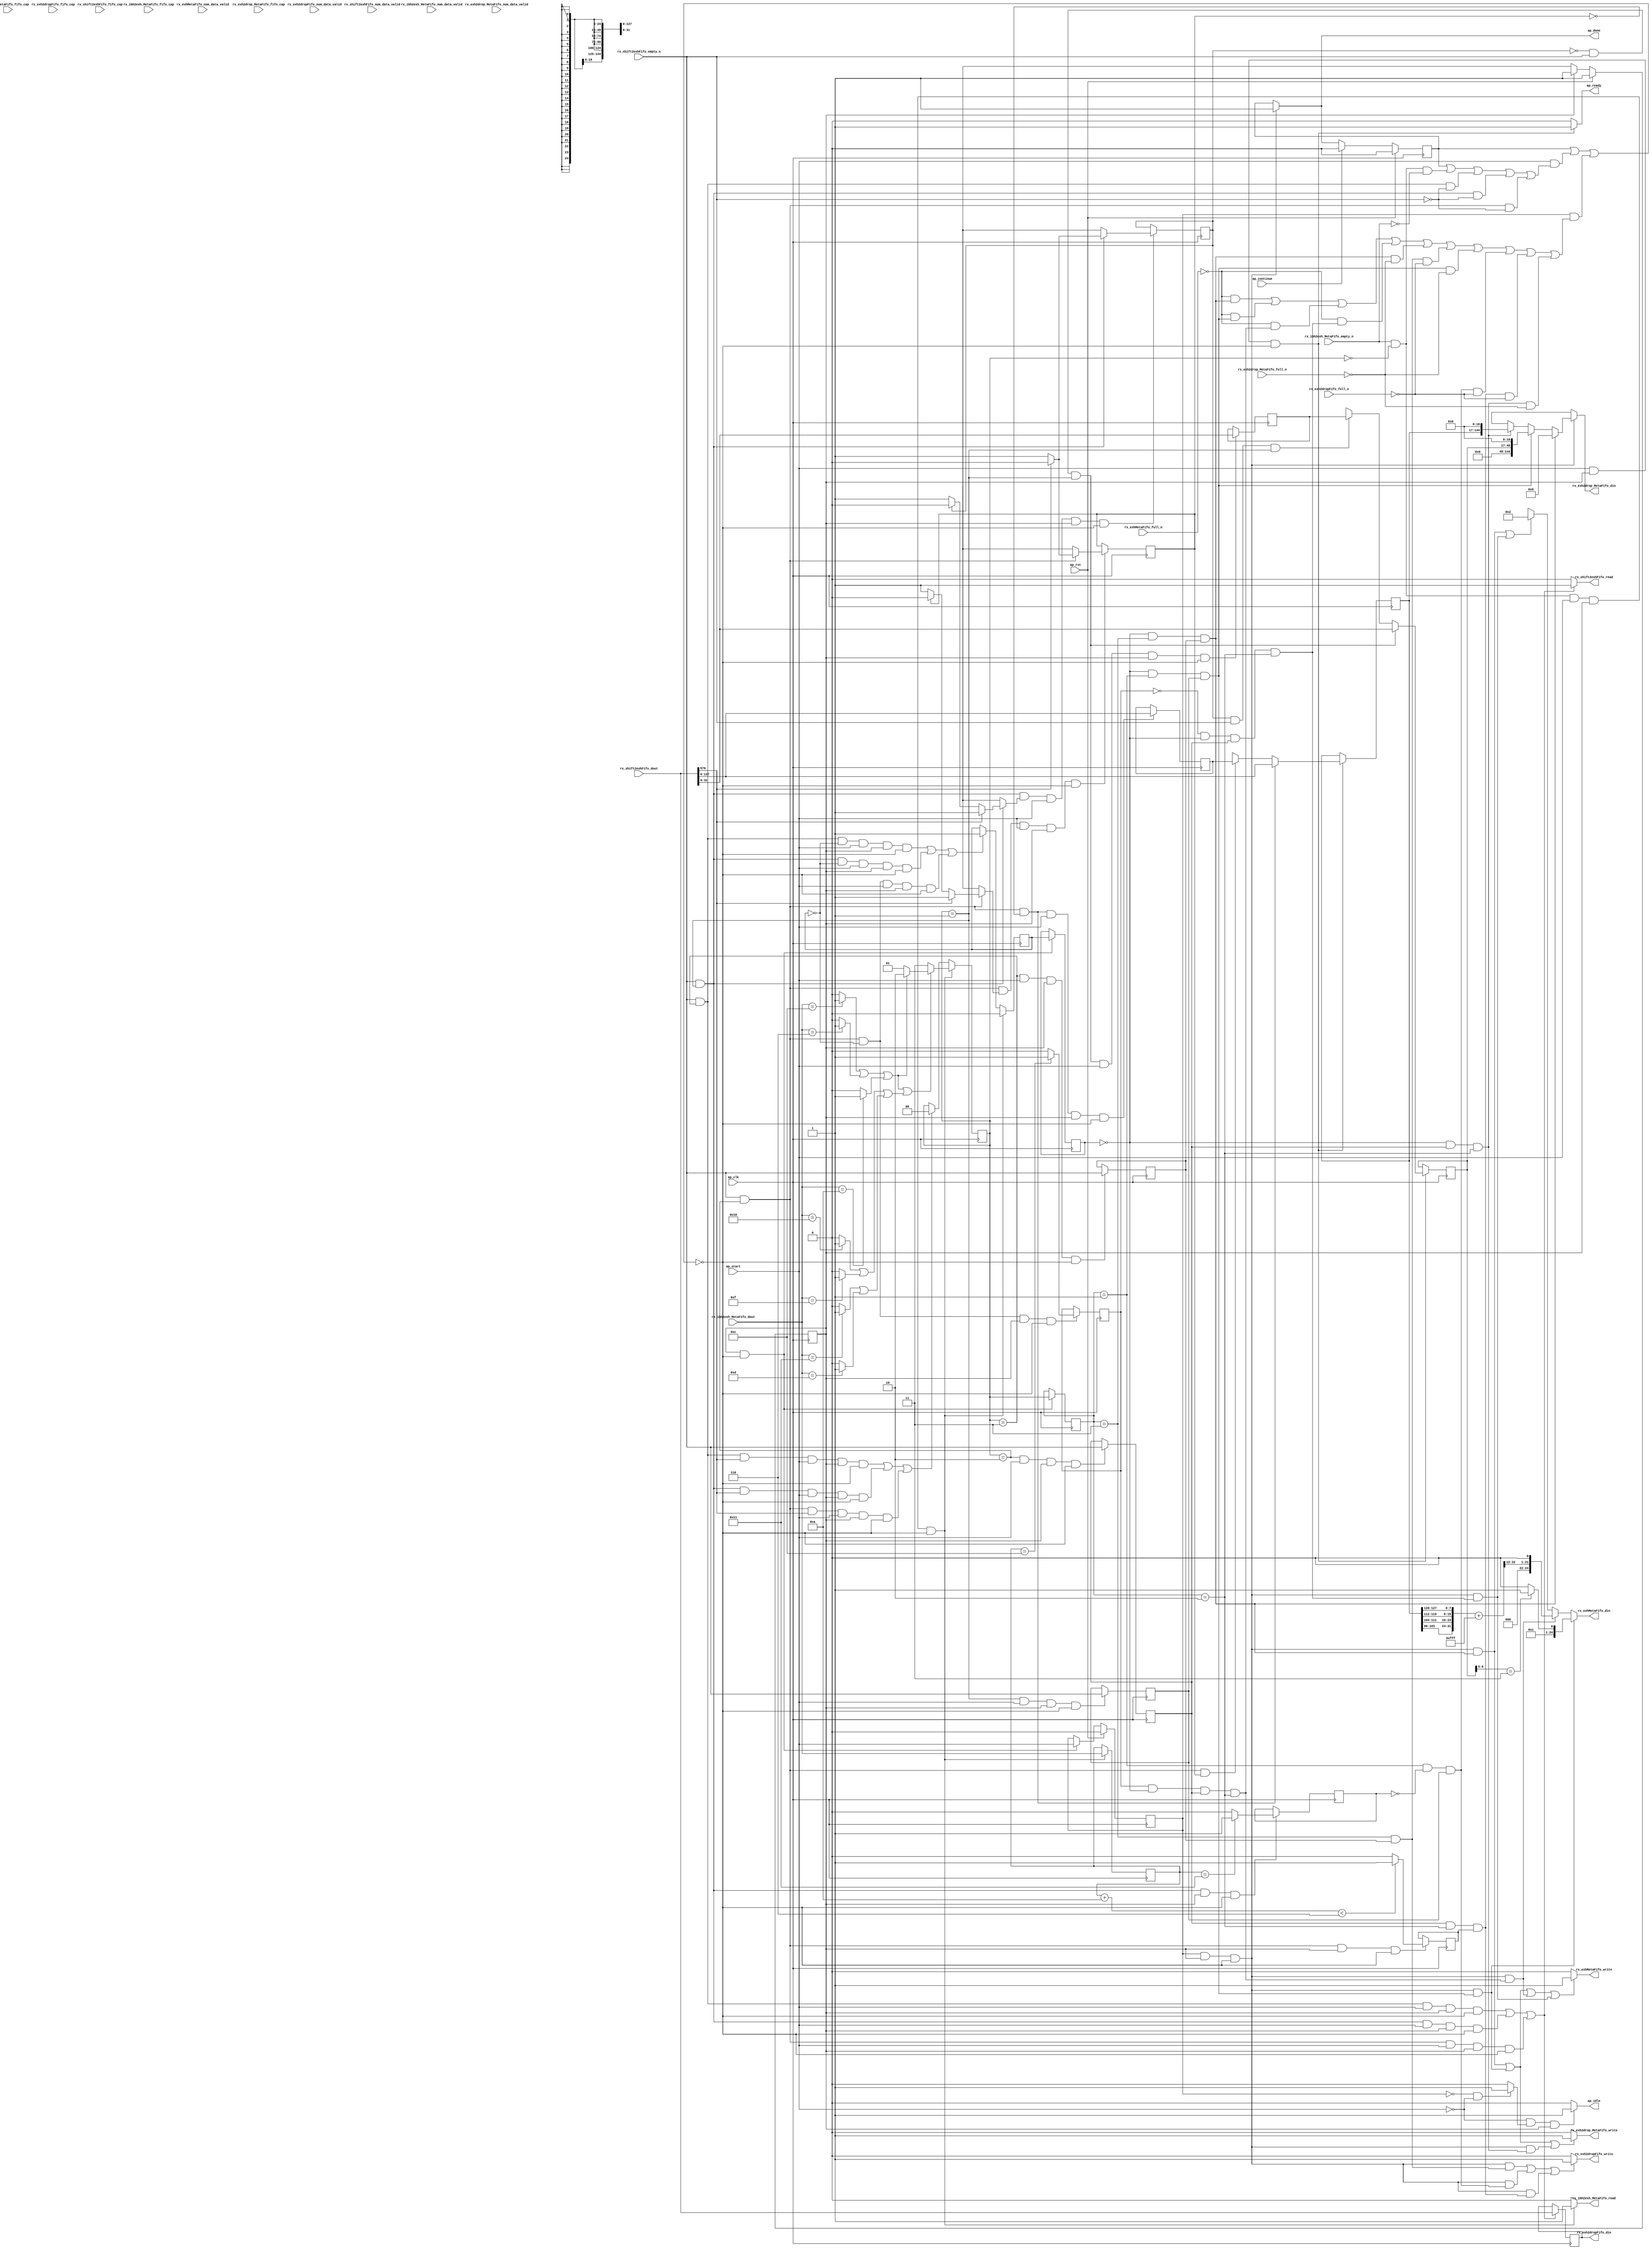
// ==============================================================
// RTL generated by Vitis HLS - High-Level Synthesis from C, C++ and OpenCL v2022.2 (64-bit)
// Version: 2022.2
// Copyright (C) Copyright 1986-2022 Xilinx, Inc. All Rights Reserved.
// 
// ===========================================================

`timescale 1 ns / 1 ps 

module rocev2_top_rx_process_exh_512_0_s (
        ap_clk,
        ap_rst,
        ap_start,
        ap_done,
        ap_continue,
        ap_idle,
        ap_ready,
        rx_shift2exhFifo_dout,
        rx_shift2exhFifo_num_data_valid,
        rx_shift2exhFifo_fifo_cap,
        rx_shift2exhFifo_empty_n,
        rx_shift2exhFifo_read,
        rx_ibh2exh_MetaFifo_dout,
        rx_ibh2exh_MetaFifo_num_data_valid,
        rx_ibh2exh_MetaFifo_fifo_cap,
        rx_ibh2exh_MetaFifo_empty_n,
        rx_ibh2exh_MetaFifo_read,
        rx_exhMetaFifo_din,
        rx_exhMetaFifo_num_data_valid,
        rx_exhMetaFifo_fifo_cap,
        rx_exhMetaFifo_full_n,
        rx_exhMetaFifo_write,
        rx_exh2drop_MetaFifo_din,
        rx_exh2drop_MetaFifo_num_data_valid,
        rx_exh2drop_MetaFifo_fifo_cap,
        rx_exh2drop_MetaFifo_full_n,
        rx_exh2drop_MetaFifo_write,
        rx_exh2dropFifo_din,
        rx_exh2dropFifo_num_data_valid,
        rx_exh2dropFifo_fifo_cap,
        rx_exh2dropFifo_full_n,
        rx_exh2dropFifo_write
);

parameter    ap_ST_fsm_pp0_stage0 = 1'd1;

input   ap_clk;
input   ap_rst;
input   ap_start;
output   ap_done;
input   ap_continue;
output   ap_idle;
output   ap_ready;
input  [1023:0] rx_shift2exhFifo_dout;
input  [1:0] rx_shift2exhFifo_num_data_valid;
input  [1:0] rx_shift2exhFifo_fifo_cap;
input   rx_shift2exhFifo_empty_n;
output   rx_shift2exhFifo_read;
input  [4:0] rx_ibh2exh_MetaFifo_dout;
input  [1:0] rx_ibh2exh_MetaFifo_num_data_valid;
input  [1:0] rx_ibh2exh_MetaFifo_fifo_cap;
input   rx_ibh2exh_MetaFifo_empty_n;
output   rx_ibh2exh_MetaFifo_read;
output  [24:0] rx_exhMetaFifo_din;
input  [1:0] rx_exhMetaFifo_num_data_valid;
input  [1:0] rx_exhMetaFifo_fifo_cap;
input   rx_exhMetaFifo_full_n;
output   rx_exhMetaFifo_write;
output  [144:0] rx_exh2drop_MetaFifo_din;
input  [3:0] rx_exh2drop_MetaFifo_num_data_valid;
input  [3:0] rx_exh2drop_MetaFifo_fifo_cap;
input   rx_exh2drop_MetaFifo_full_n;
output   rx_exh2drop_MetaFifo_write;
output  [1023:0] rx_exh2dropFifo_din;
input  [5:0] rx_exh2dropFifo_num_data_valid;
input  [5:0] rx_exh2dropFifo_fifo_cap;
input   rx_exh2dropFifo_full_n;
output   rx_exh2dropFifo_write;

reg ap_done;
reg ap_idle;
reg ap_ready;
reg rx_shift2exhFifo_read;
reg rx_ibh2exh_MetaFifo_read;
reg[24:0] rx_exhMetaFifo_din;
reg rx_exhMetaFifo_write;
reg[144:0] rx_exh2drop_MetaFifo_din;
reg rx_exh2drop_MetaFifo_write;
reg rx_exh2dropFifo_write;

(* fsm_encoding = "none" *) reg   [0:0] ap_CS_fsm;
wire    ap_CS_fsm_pp0_stage0;
wire    ap_enable_reg_pp0_iter0;
reg    ap_enable_reg_pp0_iter1;
reg    ap_idle_pp0;
wire   [0:0] grp_nbreadreq_fu_142_p3;
reg    ap_predicate_op30_read_state1;
reg    ap_predicate_op63_read_state1;
reg    ap_predicate_op93_read_state1;
wire   [0:0] tmp_i_nbreadreq_fu_156_p3;
reg    ap_predicate_op104_read_state1;
reg    ap_done_reg;
reg    ap_block_state1_pp0_stage0_iter0;
reg   [1:0] state_1_load_reg_734;
reg   [0:0] tmp_18_i_reg_742;
reg   [0:0] metaWritten_1_load_reg_738;
reg   [0:0] icmp_ln1019_reg_762;
reg    ap_predicate_op126_write_state2;
reg    ap_predicate_op138_write_state2;
reg    ap_predicate_op141_write_state2;
reg   [0:0] icmp_ln73_reg_766;
reg    ap_predicate_op143_write_state2;
reg   [0:0] tmp_i_176_reg_770;
reg   [0:0] icmp_ln1023_reg_790;
reg    ap_predicate_op146_write_state2;
reg    ap_predicate_op152_write_state2;
reg    ap_predicate_op155_write_state2;
reg   [0:0] tmp_17_i_reg_794;
reg    ap_predicate_op157_write_state2;
reg    ap_predicate_op158_write_state2;
reg    ap_predicate_op159_write_state2;
reg    ap_block_state2_pp0_stage0_iter1;
reg    ap_block_pp0_stage0_subdone;
reg   [1:0] state_1;
reg   [4:0] opCode_V;
reg   [0:0] metaWritten_1;
reg   [0:0] ackHeader_ready;
reg   [15:0] ackHeader_idx;
reg   [31:0] ackHeader_header_V;
reg   [0:0] rdmaHeader_ready;
reg   [15:0] rdmaHeader_idx;
reg   [127:0] rdmaHeader_header_V;
reg    rx_ibh2exh_MetaFifo_blk_n;
wire    ap_block_pp0_stage0;
reg    rx_shift2exhFifo_blk_n;
reg    rx_exh2dropFifo_blk_n;
reg    rx_exhMetaFifo_blk_n;
reg    rx_exh2drop_MetaFifo_blk_n;
reg   [1023:0] reg_327;
reg    ap_block_pp0_stage0_11001;
wire   [0:0] metaWritten_1_load_load_fu_340_p1;
wire   [127:0] tmp_13_fu_356_p1;
wire   [0:0] rdmaHeader_ready_load_load_fu_344_p1;
wire   [0:0] icmp_ln1019_fu_373_p2;
wire   [0:0] icmp_ln73_fu_391_p2;
wire   [31:0] tmp_12_fu_427_p1;
wire   [0:0] ackHeader_ready_load_load_fu_415_p1;
wire   [0:0] icmp_ln1023_fu_444_p2;
reg   [0:0] ap_phi_mux_rdmaHeader_ready_flag_0_i_phi_fu_196_p4;
wire   [0:0] ap_phi_reg_pp0_iter0_rdmaHeader_ready_flag_0_i_reg_193;
reg   [15:0] ap_phi_mux_rdmaHeader_idx_new_0_i_phi_fu_207_p4;
wire   [15:0] add_ln67_1_fu_360_p2;
wire   [15:0] ap_phi_reg_pp0_iter0_rdmaHeader_idx_new_0_i_reg_204;
reg   [0:0] ap_phi_mux_rdmaHeader_ready_flag_1_i_phi_fu_217_p4;
wire   [0:0] ap_phi_reg_pp0_iter0_rdmaHeader_ready_flag_1_i_reg_214;
wire   [0:0] grp_fu_319_p3;
reg   [0:0] ap_phi_mux_rdmaHeader_ready_new_1_i_phi_fu_228_p4;
wire   [0:0] ap_phi_reg_pp0_iter0_rdmaHeader_ready_new_1_i_reg_225;
reg   [15:0] ap_phi_mux_rdmaHeader_idx_new_1_i_phi_fu_239_p4;
wire   [15:0] ap_phi_reg_pp0_iter0_rdmaHeader_idx_new_1_i_reg_236;
reg   [0:0] ap_phi_mux_ackHeader_ready_flag_0_i_phi_fu_250_p4;
wire   [0:0] ap_phi_reg_pp0_iter0_ackHeader_ready_flag_0_i_reg_247;
reg   [15:0] ap_phi_mux_ackHeader_idx_new_0_i_phi_fu_261_p4;
wire   [15:0] add_ln67_fu_431_p2;
wire   [15:0] ap_phi_reg_pp0_iter0_ackHeader_idx_new_0_i_reg_258;
reg   [0:0] ap_phi_mux_ackHeader_ready_flag_1_i_phi_fu_271_p4;
wire   [0:0] ap_phi_reg_pp0_iter0_ackHeader_ready_flag_1_i_reg_268;
reg   [0:0] ap_phi_mux_ackHeader_ready_new_1_i_phi_fu_282_p4;
wire   [0:0] ap_phi_reg_pp0_iter0_ackHeader_ready_new_1_i_reg_279;
reg   [15:0] ap_phi_mux_ackHeader_idx_new_1_i_phi_fu_293_p4;
wire   [15:0] ap_phi_reg_pp0_iter0_ackHeader_idx_new_1_i_reg_290;
wire   [127:0] ap_phi_reg_pp0_iter0_p_Val2_9_reg_301;
reg   [127:0] ap_phi_reg_pp0_iter1_p_Val2_9_reg_301;
wire   [31:0] ap_phi_reg_pp0_iter0_p_Val2_10_reg_310;
reg   [31:0] ap_phi_reg_pp0_iter1_p_Val2_10_reg_310;
wire   [1:0] select_ln80_1_fu_584_p3;
reg    ap_block_pp0_stage0_01001;
wire   [24:0] zext_ln240_fu_678_p1;
wire   [24:0] zext_ln211_fu_716_p1;
wire   [144:0] p_s_fu_683_p3;
wire   [144:0] zext_ln212_fu_729_p1;
wire   [4:0] add_ln73_fu_385_p2;
wire   [0:0] icmp_ln80_fu_498_p2;
wire   [0:0] icmp_ln80_1_fu_504_p2;
wire   [0:0] icmp_ln80_2_fu_510_p2;
wire   [0:0] icmp_ln80_3_fu_516_p2;
wire   [0:0] or_ln80_1_fu_528_p2;
wire   [0:0] or_ln80_fu_522_p2;
wire   [0:0] icmp_ln80_5_fu_546_p2;
wire   [0:0] icmp_ln80_6_fu_552_p2;
wire   [0:0] or_ln80_3_fu_558_p2;
wire   [0:0] icmp_ln80_4_fu_540_p2;
wire   [0:0] or_ln80_4_fu_564_p2;
wire   [0:0] or_ln80_2_fu_534_p2;
wire   [0:0] or_ln80_5_fu_578_p2;
wire   [1:0] select_ln80_fu_570_p3;
wire   [7:0] tmp_22_i_fu_628_p4;
wire   [7:0] tmp_21_i_fu_618_p4;
wire   [7:0] tmp_20_i_fu_608_p4;
wire   [7:0] tmp_19_i_fu_598_p4;
wire   [31:0] p_Result_s_fu_638_p5;
wire   [32:0] zext_ln1495_fu_650_p1;
wire   [32:0] ret_V_fu_654_p2;
wire   [20:0] tmp_fu_660_p4;
wire   [21:0] shl_ln1_fu_670_p3;
wire   [1:0] tmp_23_i_fu_692_p4;
wire   [0:0] icmp_ln1019_3_fu_702_p2;
wire   [1:0] zext_ln211_cast_fu_708_p3;
wire   [48:0] shl_ln2_fu_721_p3;
reg   [0:0] ap_NS_fsm;
reg    ap_idle_pp0_0to0;
reg    ap_reset_idle_pp0;
wire    ap_enable_pp0;
reg    ap_condition_327;
reg    ap_condition_298;
reg    ap_condition_267;
reg    ap_condition_305;
reg    ap_condition_283;
reg    ap_condition_393;
wire    ap_ce_reg;

// power-on initialization
initial begin
#0 ap_CS_fsm = 1'd1;
#0 ap_enable_reg_pp0_iter1 = 1'b0;
#0 ap_done_reg = 1'b0;
#0 state_1 = 2'd0;
#0 opCode_V = 5'd0;
#0 metaWritten_1 = 1'd0;
#0 ackHeader_ready = 1'd0;
#0 ackHeader_idx = 16'd0;
#0 ackHeader_header_V = 32'd0;
#0 rdmaHeader_ready = 1'd0;
#0 rdmaHeader_idx = 16'd0;
#0 rdmaHeader_header_V = 128'd0;
end

always @ (posedge ap_clk) begin
    if (ap_rst == 1'b1) begin
        ap_CS_fsm <= ap_ST_fsm_pp0_stage0;
    end else begin
        ap_CS_fsm <= ap_NS_fsm;
    end
end

always @ (posedge ap_clk) begin
    if (ap_rst == 1'b1) begin
        ap_done_reg <= 1'b0;
    end else begin
        if ((ap_continue == 1'b1)) begin
            ap_done_reg <= 1'b0;
        end else if (((ap_enable_reg_pp0_iter1 == 1'b1) & (1'b1 == ap_CS_fsm_pp0_stage0) & (1'b0 == ap_block_pp0_stage0_subdone))) begin
            ap_done_reg <= 1'b1;
        end
    end
end

always @ (posedge ap_clk) begin
    if (ap_rst == 1'b1) begin
        ap_enable_reg_pp0_iter1 <= 1'b0;
    end else begin
        if (((1'b1 == ap_CS_fsm_pp0_stage0) & (1'b0 == ap_block_pp0_stage0_subdone))) begin
            ap_enable_reg_pp0_iter1 <= ap_start;
        end
    end
end

always @ (posedge ap_clk) begin
    if ((1'b1 == ap_condition_267)) begin
        if ((1'b1 == ap_condition_298)) begin
            ap_phi_reg_pp0_iter1_p_Val2_10_reg_310 <= tmp_12_fu_427_p1;
        end else if ((1'b1 == ap_condition_327)) begin
            ap_phi_reg_pp0_iter1_p_Val2_10_reg_310 <= ackHeader_header_V;
        end else if ((1'b1 == 1'b1)) begin
            ap_phi_reg_pp0_iter1_p_Val2_10_reg_310 <= ap_phi_reg_pp0_iter0_p_Val2_10_reg_310;
        end
    end
end

always @ (posedge ap_clk) begin
    if ((1'b1 == ap_condition_267)) begin
        if ((1'b1 == ap_condition_283)) begin
            ap_phi_reg_pp0_iter1_p_Val2_9_reg_301 <= tmp_13_fu_356_p1;
        end else if ((1'b1 == ap_condition_305)) begin
            ap_phi_reg_pp0_iter1_p_Val2_9_reg_301 <= rdmaHeader_header_V;
        end else if ((1'b1 == 1'b1)) begin
            ap_phi_reg_pp0_iter1_p_Val2_9_reg_301 <= ap_phi_reg_pp0_iter0_p_Val2_9_reg_301;
        end
    end
end

always @ (posedge ap_clk) begin
    if (((tmp_i_nbreadreq_fu_156_p3 == 1'd1) & (state_1 == 2'd0) & (ap_start == 1'b1) & (1'b1 == ap_CS_fsm_pp0_stage0) & (1'b0 == ap_block_pp0_stage0_11001))) begin
        metaWritten_1 <= 1'd0;
    end else if ((((grp_nbreadreq_fu_142_p3 == 1'd1) & (state_1 == 2'd3) & (metaWritten_1_load_load_fu_340_p1 == 1'd0) & (ap_start == 1'b1) & (1'b1 == ap_CS_fsm_pp0_stage0) & (1'b0 == ap_block_pp0_stage0_11001)) | ((grp_nbreadreq_fu_142_p3 == 1'd1) & (state_1 == 2'd1) & (metaWritten_1_load_load_fu_340_p1 == 1'd0) & (ap_start == 1'b1) & (1'b1 == ap_CS_fsm_pp0_stage0) & (1'b0 == ap_block_pp0_stage0_11001)) | ((grp_nbreadreq_fu_142_p3 == 1'd1) & (state_1 == 2'd2) & (metaWritten_1_load_load_fu_340_p1 == 1'd0) & (ap_start == 1'b1) & (1'b1 == ap_CS_fsm_pp0_stage0) & (1'b0 == ap_block_pp0_stage0_11001)))) begin
        metaWritten_1 <= 1'd1;
    end
end

always @ (posedge ap_clk) begin
    if (((tmp_i_nbreadreq_fu_156_p3 == 1'd1) & (state_1 == 2'd0) & (ap_start == 1'b1) & (1'b1 == ap_CS_fsm_pp0_stage0) & (1'b0 == ap_block_pp0_stage0_11001))) begin
        state_1 <= select_ln80_1_fu_584_p3;
    end else if ((((grp_nbreadreq_fu_142_p3 == 1'd1) & (state_1 == 2'd3) & (grp_fu_319_p3 == 1'd1) & (ap_start == 1'b1) & (1'b1 == ap_CS_fsm_pp0_stage0) & (1'b0 == ap_block_pp0_stage0_11001)) | ((grp_nbreadreq_fu_142_p3 == 1'd1) & (state_1 == 2'd1) & (grp_fu_319_p3 == 1'd1) & (ap_start == 1'b1) & (1'b1 == ap_CS_fsm_pp0_stage0) & (1'b0 == ap_block_pp0_stage0_11001)) | ((grp_nbreadreq_fu_142_p3 == 1'd1) & (state_1 == 2'd2) & (grp_fu_319_p3 == 1'd1) & (ap_start == 1'b1) & (1'b1 == ap_CS_fsm_pp0_stage0) & (1'b0 == ap_block_pp0_stage0_11001)))) begin
        state_1 <= 2'd0;
    end
end

always @ (posedge ap_clk) begin
    if (((1'd0 == ackHeader_ready_load_load_fu_415_p1) & (grp_nbreadreq_fu_142_p3 == 1'd1) & (state_1 == 2'd1) & (ap_start == 1'b1) & (1'b1 == ap_CS_fsm_pp0_stage0) & (1'b0 == ap_block_pp0_stage0_11001))) begin
        ackHeader_header_V <= tmp_12_fu_427_p1;
    end
end

always @ (posedge ap_clk) begin
    if (((grp_nbreadreq_fu_142_p3 == 1'd1) & (state_1 == 2'd1) & (ap_phi_mux_ackHeader_ready_flag_1_i_phi_fu_271_p4 == 1'd1) & (ap_start == 1'b1) & (1'b1 == ap_CS_fsm_pp0_stage0) & (1'b0 == ap_block_pp0_stage0_11001))) begin
        ackHeader_idx <= ap_phi_mux_ackHeader_idx_new_1_i_phi_fu_293_p4;
        ackHeader_ready <= ap_phi_mux_ackHeader_ready_new_1_i_phi_fu_282_p4;
    end
end

always @ (posedge ap_clk) begin
    if (((grp_nbreadreq_fu_142_p3 == 1'd1) & (state_1 == 2'd2) & (metaWritten_1_load_load_fu_340_p1 == 1'd0) & (1'b1 == ap_CS_fsm_pp0_stage0) & (1'b0 == ap_block_pp0_stage0_11001))) begin
        icmp_ln1019_reg_762 <= icmp_ln1019_fu_373_p2;
    end
end

always @ (posedge ap_clk) begin
    if (((grp_nbreadreq_fu_142_p3 == 1'd1) & (state_1 == 2'd1) & (1'b1 == ap_CS_fsm_pp0_stage0) & (1'b0 == ap_block_pp0_stage0_11001))) begin
        icmp_ln1023_reg_790 <= icmp_ln1023_fu_444_p2;
    end
end

always @ (posedge ap_clk) begin
    if (((grp_nbreadreq_fu_142_p3 == 1'd1) & (state_1 == 2'd2) & (1'b1 == ap_CS_fsm_pp0_stage0) & (1'b0 == ap_block_pp0_stage0_11001))) begin
        icmp_ln73_reg_766 <= icmp_ln73_fu_391_p2;
    end
end

always @ (posedge ap_clk) begin
    if (((1'b1 == ap_CS_fsm_pp0_stage0) & (1'b0 == ap_block_pp0_stage0_11001))) begin
        metaWritten_1_load_reg_738 <= metaWritten_1;
        state_1_load_reg_734 <= state_1;
    end
end

always @ (posedge ap_clk) begin
    if (((tmp_i_nbreadreq_fu_156_p3 == 1'd1) & (state_1 == 2'd0) & (ap_start == 1'b1) & (1'b1 == ap_CS_fsm_pp0_stage0) & (1'b0 == ap_block_pp0_stage0_11001))) begin
        opCode_V <= rx_ibh2exh_MetaFifo_dout;
    end
end

always @ (posedge ap_clk) begin
    if (((grp_nbreadreq_fu_142_p3 == 1'd1) & (state_1 == 2'd2) & (rdmaHeader_ready_load_load_fu_344_p1 == 1'd0) & (ap_start == 1'b1) & (1'b1 == ap_CS_fsm_pp0_stage0) & (1'b0 == ap_block_pp0_stage0_11001))) begin
        rdmaHeader_header_V <= tmp_13_fu_356_p1;
    end
end

always @ (posedge ap_clk) begin
    if (((grp_nbreadreq_fu_142_p3 == 1'd1) & (state_1 == 2'd2) & (ap_phi_mux_rdmaHeader_ready_flag_1_i_phi_fu_217_p4 == 1'd1) & (ap_start == 1'b1) & (1'b1 == ap_CS_fsm_pp0_stage0) & (1'b0 == ap_block_pp0_stage0_11001))) begin
        rdmaHeader_idx <= ap_phi_mux_rdmaHeader_idx_new_1_i_phi_fu_239_p4;
        rdmaHeader_ready <= ap_phi_mux_rdmaHeader_ready_new_1_i_phi_fu_228_p4;
    end
end

always @ (posedge ap_clk) begin
    if ((((ap_predicate_op93_read_state1 == 1'b1) & (ap_start == 1'b1) & (1'b1 == ap_CS_fsm_pp0_stage0) & (1'b0 == ap_block_pp0_stage0_11001)) | ((ap_predicate_op63_read_state1 == 1'b1) & (ap_start == 1'b1) & (1'b1 == ap_CS_fsm_pp0_stage0) & (1'b0 == ap_block_pp0_stage0_11001)) | ((ap_predicate_op30_read_state1 == 1'b1) & (ap_start == 1'b1) & (1'b1 == ap_CS_fsm_pp0_stage0) & (1'b0 == ap_block_pp0_stage0_11001)))) begin
        reg_327 <= rx_shift2exhFifo_dout;
    end
end

always @ (posedge ap_clk) begin
    if (((state_1 == 2'd3) & (ap_start == 1'b1) & (1'b1 == ap_CS_fsm_pp0_stage0) & (1'b0 == ap_block_pp0_stage0_11001))) begin
        tmp_17_i_reg_794 <= grp_nbreadreq_fu_142_p3;
    end
end

always @ (posedge ap_clk) begin
    if (((state_1 == 2'd2) & (ap_start == 1'b1) & (1'b1 == ap_CS_fsm_pp0_stage0) & (1'b0 == ap_block_pp0_stage0_11001))) begin
        tmp_18_i_reg_742 <= grp_nbreadreq_fu_142_p3;
    end
end

always @ (posedge ap_clk) begin
    if (((state_1 == 2'd1) & (ap_start == 1'b1) & (1'b1 == ap_CS_fsm_pp0_stage0) & (1'b0 == ap_block_pp0_stage0_11001))) begin
        tmp_i_176_reg_770 <= grp_nbreadreq_fu_142_p3;
    end
end

always @ (*) begin
    if (((ap_enable_reg_pp0_iter1 == 1'b1) & (1'b1 == ap_CS_fsm_pp0_stage0) & (1'b0 == ap_block_pp0_stage0_subdone))) begin
        ap_done = 1'b1;
    end else begin
        ap_done = ap_done_reg;
    end
end

always @ (*) begin
    if (((ap_start == 1'b0) & (ap_idle_pp0 == 1'b1) & (1'b1 == ap_CS_fsm_pp0_stage0))) begin
        ap_idle = 1'b1;
    end else begin
        ap_idle = 1'b0;
    end
end

always @ (*) begin
    if (((ap_enable_reg_pp0_iter1 == 1'b0) & (ap_enable_reg_pp0_iter0 == 1'b0))) begin
        ap_idle_pp0 = 1'b1;
    end else begin
        ap_idle_pp0 = 1'b0;
    end
end

always @ (*) begin
    if ((ap_enable_reg_pp0_iter0 == 1'b0)) begin
        ap_idle_pp0_0to0 = 1'b1;
    end else begin
        ap_idle_pp0_0to0 = 1'b0;
    end
end

always @ (*) begin
    if (((1'd0 == ackHeader_ready_load_load_fu_415_p1) & (grp_nbreadreq_fu_142_p3 == 1'd1) & (state_1 == 2'd1))) begin
        ap_phi_mux_ackHeader_idx_new_0_i_phi_fu_261_p4 = add_ln67_fu_431_p2;
    end else begin
        ap_phi_mux_ackHeader_idx_new_0_i_phi_fu_261_p4 = ap_phi_reg_pp0_iter0_ackHeader_idx_new_0_i_reg_258;
    end
end

always @ (*) begin
    if (((grp_nbreadreq_fu_142_p3 == 1'd1) & (state_1 == 2'd1))) begin
        if ((grp_fu_319_p3 == 1'd0)) begin
            ap_phi_mux_ackHeader_idx_new_1_i_phi_fu_293_p4 = ap_phi_mux_ackHeader_idx_new_0_i_phi_fu_261_p4;
        end else if ((grp_fu_319_p3 == 1'd1)) begin
            ap_phi_mux_ackHeader_idx_new_1_i_phi_fu_293_p4 = 16'd0;
        end else begin
            ap_phi_mux_ackHeader_idx_new_1_i_phi_fu_293_p4 = ap_phi_reg_pp0_iter0_ackHeader_idx_new_1_i_reg_290;
        end
    end else begin
        ap_phi_mux_ackHeader_idx_new_1_i_phi_fu_293_p4 = ap_phi_reg_pp0_iter0_ackHeader_idx_new_1_i_reg_290;
    end
end

always @ (*) begin
    if (((grp_nbreadreq_fu_142_p3 == 1'd1) & (state_1 == 2'd1))) begin
        if ((1'd0 == ackHeader_ready_load_load_fu_415_p1)) begin
            ap_phi_mux_ackHeader_ready_flag_0_i_phi_fu_250_p4 = 1'd1;
        end else if ((1'd1 == ackHeader_ready_load_load_fu_415_p1)) begin
            ap_phi_mux_ackHeader_ready_flag_0_i_phi_fu_250_p4 = 1'd0;
        end else begin
            ap_phi_mux_ackHeader_ready_flag_0_i_phi_fu_250_p4 = ap_phi_reg_pp0_iter0_ackHeader_ready_flag_0_i_reg_247;
        end
    end else begin
        ap_phi_mux_ackHeader_ready_flag_0_i_phi_fu_250_p4 = ap_phi_reg_pp0_iter0_ackHeader_ready_flag_0_i_reg_247;
    end
end

always @ (*) begin
    if (((grp_nbreadreq_fu_142_p3 == 1'd1) & (state_1 == 2'd1))) begin
        if ((grp_fu_319_p3 == 1'd0)) begin
            ap_phi_mux_ackHeader_ready_flag_1_i_phi_fu_271_p4 = ap_phi_mux_ackHeader_ready_flag_0_i_phi_fu_250_p4;
        end else if ((grp_fu_319_p3 == 1'd1)) begin
            ap_phi_mux_ackHeader_ready_flag_1_i_phi_fu_271_p4 = 1'd1;
        end else begin
            ap_phi_mux_ackHeader_ready_flag_1_i_phi_fu_271_p4 = ap_phi_reg_pp0_iter0_ackHeader_ready_flag_1_i_reg_268;
        end
    end else begin
        ap_phi_mux_ackHeader_ready_flag_1_i_phi_fu_271_p4 = ap_phi_reg_pp0_iter0_ackHeader_ready_flag_1_i_reg_268;
    end
end

always @ (*) begin
    if (((grp_nbreadreq_fu_142_p3 == 1'd1) & (state_1 == 2'd1))) begin
        if ((grp_fu_319_p3 == 1'd0)) begin
            ap_phi_mux_ackHeader_ready_new_1_i_phi_fu_282_p4 = 1'd1;
        end else if ((grp_fu_319_p3 == 1'd1)) begin
            ap_phi_mux_ackHeader_ready_new_1_i_phi_fu_282_p4 = 1'd0;
        end else begin
            ap_phi_mux_ackHeader_ready_new_1_i_phi_fu_282_p4 = ap_phi_reg_pp0_iter0_ackHeader_ready_new_1_i_reg_279;
        end
    end else begin
        ap_phi_mux_ackHeader_ready_new_1_i_phi_fu_282_p4 = ap_phi_reg_pp0_iter0_ackHeader_ready_new_1_i_reg_279;
    end
end

always @ (*) begin
    if (((grp_nbreadreq_fu_142_p3 == 1'd1) & (state_1 == 2'd2) & (rdmaHeader_ready_load_load_fu_344_p1 == 1'd0))) begin
        ap_phi_mux_rdmaHeader_idx_new_0_i_phi_fu_207_p4 = add_ln67_1_fu_360_p2;
    end else begin
        ap_phi_mux_rdmaHeader_idx_new_0_i_phi_fu_207_p4 = ap_phi_reg_pp0_iter0_rdmaHeader_idx_new_0_i_reg_204;
    end
end

always @ (*) begin
    if (((grp_nbreadreq_fu_142_p3 == 1'd1) & (state_1 == 2'd2))) begin
        if ((grp_fu_319_p3 == 1'd0)) begin
            ap_phi_mux_rdmaHeader_idx_new_1_i_phi_fu_239_p4 = ap_phi_mux_rdmaHeader_idx_new_0_i_phi_fu_207_p4;
        end else if ((grp_fu_319_p3 == 1'd1)) begin
            ap_phi_mux_rdmaHeader_idx_new_1_i_phi_fu_239_p4 = 16'd0;
        end else begin
            ap_phi_mux_rdmaHeader_idx_new_1_i_phi_fu_239_p4 = ap_phi_reg_pp0_iter0_rdmaHeader_idx_new_1_i_reg_236;
        end
    end else begin
        ap_phi_mux_rdmaHeader_idx_new_1_i_phi_fu_239_p4 = ap_phi_reg_pp0_iter0_rdmaHeader_idx_new_1_i_reg_236;
    end
end

always @ (*) begin
    if (((grp_nbreadreq_fu_142_p3 == 1'd1) & (state_1 == 2'd2))) begin
        if ((rdmaHeader_ready_load_load_fu_344_p1 == 1'd0)) begin
            ap_phi_mux_rdmaHeader_ready_flag_0_i_phi_fu_196_p4 = 1'd1;
        end else if ((rdmaHeader_ready_load_load_fu_344_p1 == 1'd1)) begin
            ap_phi_mux_rdmaHeader_ready_flag_0_i_phi_fu_196_p4 = 1'd0;
        end else begin
            ap_phi_mux_rdmaHeader_ready_flag_0_i_phi_fu_196_p4 = ap_phi_reg_pp0_iter0_rdmaHeader_ready_flag_0_i_reg_193;
        end
    end else begin
        ap_phi_mux_rdmaHeader_ready_flag_0_i_phi_fu_196_p4 = ap_phi_reg_pp0_iter0_rdmaHeader_ready_flag_0_i_reg_193;
    end
end

always @ (*) begin
    if (((grp_nbreadreq_fu_142_p3 == 1'd1) & (state_1 == 2'd2))) begin
        if ((grp_fu_319_p3 == 1'd0)) begin
            ap_phi_mux_rdmaHeader_ready_flag_1_i_phi_fu_217_p4 = ap_phi_mux_rdmaHeader_ready_flag_0_i_phi_fu_196_p4;
        end else if ((grp_fu_319_p3 == 1'd1)) begin
            ap_phi_mux_rdmaHeader_ready_flag_1_i_phi_fu_217_p4 = 1'd1;
        end else begin
            ap_phi_mux_rdmaHeader_ready_flag_1_i_phi_fu_217_p4 = ap_phi_reg_pp0_iter0_rdmaHeader_ready_flag_1_i_reg_214;
        end
    end else begin
        ap_phi_mux_rdmaHeader_ready_flag_1_i_phi_fu_217_p4 = ap_phi_reg_pp0_iter0_rdmaHeader_ready_flag_1_i_reg_214;
    end
end

always @ (*) begin
    if (((grp_nbreadreq_fu_142_p3 == 1'd1) & (state_1 == 2'd2))) begin
        if ((grp_fu_319_p3 == 1'd0)) begin
            ap_phi_mux_rdmaHeader_ready_new_1_i_phi_fu_228_p4 = 1'd1;
        end else if ((grp_fu_319_p3 == 1'd1)) begin
            ap_phi_mux_rdmaHeader_ready_new_1_i_phi_fu_228_p4 = 1'd0;
        end else begin
            ap_phi_mux_rdmaHeader_ready_new_1_i_phi_fu_228_p4 = ap_phi_reg_pp0_iter0_rdmaHeader_ready_new_1_i_reg_225;
        end
    end else begin
        ap_phi_mux_rdmaHeader_ready_new_1_i_phi_fu_228_p4 = ap_phi_reg_pp0_iter0_rdmaHeader_ready_new_1_i_reg_225;
    end
end

always @ (*) begin
    if (((ap_start == 1'b1) & (1'b1 == ap_CS_fsm_pp0_stage0) & (1'b0 == ap_block_pp0_stage0_subdone))) begin
        ap_ready = 1'b1;
    end else begin
        ap_ready = 1'b0;
    end
end

always @ (*) begin
    if (((ap_start == 1'b0) & (ap_idle_pp0_0to0 == 1'b1))) begin
        ap_reset_idle_pp0 = 1'b1;
    end else begin
        ap_reset_idle_pp0 = 1'b0;
    end
end

always @ (*) begin
    if ((((ap_enable_reg_pp0_iter1 == 1'b1) & (1'b1 == ap_CS_fsm_pp0_stage0) & (1'b0 == ap_block_pp0_stage0) & (ap_predicate_op157_write_state2 == 1'b1)) | ((ap_enable_reg_pp0_iter1 == 1'b1) & (1'b1 == ap_CS_fsm_pp0_stage0) & (1'b0 == ap_block_pp0_stage0) & (ap_predicate_op146_write_state2 == 1'b1)) | ((ap_enable_reg_pp0_iter1 == 1'b1) & (1'b1 == ap_CS_fsm_pp0_stage0) & (1'b0 == ap_block_pp0_stage0) & (ap_predicate_op143_write_state2 == 1'b1)))) begin
        rx_exh2dropFifo_blk_n = rx_exh2dropFifo_full_n;
    end else begin
        rx_exh2dropFifo_blk_n = 1'b1;
    end
end

always @ (*) begin
    if ((((ap_enable_reg_pp0_iter1 == 1'b1) & (1'b1 == ap_CS_fsm_pp0_stage0) & (1'b0 == ap_block_pp0_stage0_11001) & (ap_predicate_op157_write_state2 == 1'b1)) | ((ap_enable_reg_pp0_iter1 == 1'b1) & (1'b1 == ap_CS_fsm_pp0_stage0) & (1'b0 == ap_block_pp0_stage0_11001) & (ap_predicate_op146_write_state2 == 1'b1)) | ((ap_enable_reg_pp0_iter1 == 1'b1) & (1'b1 == ap_CS_fsm_pp0_stage0) & (1'b0 == ap_block_pp0_stage0_11001) & (ap_predicate_op143_write_state2 == 1'b1)))) begin
        rx_exh2dropFifo_write = 1'b1;
    end else begin
        rx_exh2dropFifo_write = 1'b0;
    end
end

always @ (*) begin
    if ((((ap_enable_reg_pp0_iter1 == 1'b1) & (1'b1 == ap_CS_fsm_pp0_stage0) & (1'b0 == ap_block_pp0_stage0) & (ap_predicate_op159_write_state2 == 1'b1)) | ((ap_enable_reg_pp0_iter1 == 1'b1) & (1'b1 == ap_CS_fsm_pp0_stage0) & (1'b0 == ap_block_pp0_stage0) & (ap_predicate_op155_write_state2 == 1'b1)) | ((ap_enable_reg_pp0_iter1 == 1'b1) & (1'b1 == ap_CS_fsm_pp0_stage0) & (1'b0 == ap_block_pp0_stage0) & (ap_predicate_op141_write_state2 == 1'b1)))) begin
        rx_exh2drop_MetaFifo_blk_n = rx_exh2drop_MetaFifo_full_n;
    end else begin
        rx_exh2drop_MetaFifo_blk_n = 1'b1;
    end
end

always @ (*) begin
    if ((1'b1 == ap_condition_393)) begin
        if ((ap_predicate_op159_write_state2 == 1'b1)) begin
            rx_exh2drop_MetaFifo_din = 145'd0;
        end else if ((ap_predicate_op155_write_state2 == 1'b1)) begin
            rx_exh2drop_MetaFifo_din = zext_ln212_fu_729_p1;
        end else if ((ap_predicate_op141_write_state2 == 1'b1)) begin
            rx_exh2drop_MetaFifo_din = p_s_fu_683_p3;
        end else begin
            rx_exh2drop_MetaFifo_din = 'bx;
        end
    end else begin
        rx_exh2drop_MetaFifo_din = 'bx;
    end
end

always @ (*) begin
    if ((((ap_enable_reg_pp0_iter1 == 1'b1) & (1'b1 == ap_CS_fsm_pp0_stage0) & (1'b0 == ap_block_pp0_stage0_11001) & (ap_predicate_op159_write_state2 == 1'b1)) | ((ap_enable_reg_pp0_iter1 == 1'b1) & (1'b1 == ap_CS_fsm_pp0_stage0) & (1'b0 == ap_block_pp0_stage0_11001) & (ap_predicate_op155_write_state2 == 1'b1)) | ((ap_enable_reg_pp0_iter1 == 1'b1) & (1'b1 == ap_CS_fsm_pp0_stage0) & (1'b0 == ap_block_pp0_stage0_11001) & (ap_predicate_op141_write_state2 == 1'b1)))) begin
        rx_exh2drop_MetaFifo_write = 1'b1;
    end else begin
        rx_exh2drop_MetaFifo_write = 1'b0;
    end
end

always @ (*) begin
    if ((((ap_enable_reg_pp0_iter1 == 1'b1) & (1'b1 == ap_CS_fsm_pp0_stage0) & (1'b0 == ap_block_pp0_stage0) & (ap_predicate_op158_write_state2 == 1'b1)) | ((ap_enable_reg_pp0_iter1 == 1'b1) & (1'b1 == ap_CS_fsm_pp0_stage0) & (1'b0 == ap_block_pp0_stage0) & (ap_predicate_op152_write_state2 == 1'b1)) | ((ap_enable_reg_pp0_iter1 == 1'b1) & (1'b1 == ap_CS_fsm_pp0_stage0) & (1'b0 == ap_block_pp0_stage0) & (ap_predicate_op138_write_state2 == 1'b1)) | ((ap_enable_reg_pp0_iter1 == 1'b1) & (1'b1 == ap_CS_fsm_pp0_stage0) & (1'b0 == ap_block_pp0_stage0) & (ap_predicate_op126_write_state2 == 1'b1)))) begin
        rx_exhMetaFifo_blk_n = rx_exhMetaFifo_full_n;
    end else begin
        rx_exhMetaFifo_blk_n = 1'b1;
    end
end

always @ (*) begin
    if (((ap_enable_reg_pp0_iter1 == 1'b1) & (1'b1 == ap_CS_fsm_pp0_stage0) & (1'b0 == ap_block_pp0_stage0_01001) & (ap_predicate_op152_write_state2 == 1'b1))) begin
        rx_exhMetaFifo_din = zext_ln211_fu_716_p1;
    end else if (((ap_enable_reg_pp0_iter1 == 1'b1) & (1'b1 == ap_CS_fsm_pp0_stage0) & (1'b0 == ap_block_pp0_stage0_01001) & (ap_predicate_op138_write_state2 == 1'b1))) begin
        rx_exhMetaFifo_din = zext_ln240_fu_678_p1;
    end else if ((((ap_enable_reg_pp0_iter1 == 1'b1) & (1'b1 == ap_CS_fsm_pp0_stage0) & (1'b0 == ap_block_pp0_stage0_01001) & (ap_predicate_op158_write_state2 == 1'b1)) | ((ap_enable_reg_pp0_iter1 == 1'b1) & (1'b1 == ap_CS_fsm_pp0_stage0) & (1'b0 == ap_block_pp0_stage0_01001) & (ap_predicate_op126_write_state2 == 1'b1)))) begin
        rx_exhMetaFifo_din = 25'd2;
    end else begin
        rx_exhMetaFifo_din = 'bx;
    end
end

always @ (*) begin
    if ((((ap_enable_reg_pp0_iter1 == 1'b1) & (1'b1 == ap_CS_fsm_pp0_stage0) & (1'b0 == ap_block_pp0_stage0_11001) & (ap_predicate_op158_write_state2 == 1'b1)) | ((ap_enable_reg_pp0_iter1 == 1'b1) & (1'b1 == ap_CS_fsm_pp0_stage0) & (1'b0 == ap_block_pp0_stage0_11001) & (ap_predicate_op152_write_state2 == 1'b1)) | ((ap_enable_reg_pp0_iter1 == 1'b1) & (1'b1 == ap_CS_fsm_pp0_stage0) & (1'b0 == ap_block_pp0_stage0_11001) & (ap_predicate_op138_write_state2 == 1'b1)) | ((ap_enable_reg_pp0_iter1 == 1'b1) & (1'b1 == ap_CS_fsm_pp0_stage0) & (1'b0 == ap_block_pp0_stage0_11001) & (ap_predicate_op126_write_state2 == 1'b1)))) begin
        rx_exhMetaFifo_write = 1'b1;
    end else begin
        rx_exhMetaFifo_write = 1'b0;
    end
end

always @ (*) begin
    if (((ap_done_reg == 1'b0) & (ap_predicate_op104_read_state1 == 1'b1) & (ap_start == 1'b1) & (1'b1 == ap_CS_fsm_pp0_stage0) & (1'b0 == ap_block_pp0_stage0))) begin
        rx_ibh2exh_MetaFifo_blk_n = rx_ibh2exh_MetaFifo_empty_n;
    end else begin
        rx_ibh2exh_MetaFifo_blk_n = 1'b1;
    end
end

always @ (*) begin
    if (((ap_predicate_op104_read_state1 == 1'b1) & (ap_start == 1'b1) & (1'b1 == ap_CS_fsm_pp0_stage0) & (1'b0 == ap_block_pp0_stage0_11001))) begin
        rx_ibh2exh_MetaFifo_read = 1'b1;
    end else begin
        rx_ibh2exh_MetaFifo_read = 1'b0;
    end
end

always @ (*) begin
    if ((((ap_done_reg == 1'b0) & (ap_predicate_op93_read_state1 == 1'b1) & (ap_start == 1'b1) & (1'b1 == ap_CS_fsm_pp0_stage0) & (1'b0 == ap_block_pp0_stage0)) | ((ap_done_reg == 1'b0) & (ap_predicate_op63_read_state1 == 1'b1) & (ap_start == 1'b1) & (1'b1 == ap_CS_fsm_pp0_stage0) & (1'b0 == ap_block_pp0_stage0)) | ((ap_done_reg == 1'b0) & (ap_predicate_op30_read_state1 == 1'b1) & (ap_start == 1'b1) & (1'b1 == ap_CS_fsm_pp0_stage0) & (1'b0 == ap_block_pp0_stage0)))) begin
        rx_shift2exhFifo_blk_n = rx_shift2exhFifo_empty_n;
    end else begin
        rx_shift2exhFifo_blk_n = 1'b1;
    end
end

always @ (*) begin
    if ((((ap_predicate_op93_read_state1 == 1'b1) & (ap_start == 1'b1) & (1'b1 == ap_CS_fsm_pp0_stage0) & (1'b0 == ap_block_pp0_stage0_11001)) | ((ap_predicate_op63_read_state1 == 1'b1) & (ap_start == 1'b1) & (1'b1 == ap_CS_fsm_pp0_stage0) & (1'b0 == ap_block_pp0_stage0_11001)) | ((ap_predicate_op30_read_state1 == 1'b1) & (ap_start == 1'b1) & (1'b1 == ap_CS_fsm_pp0_stage0) & (1'b0 == ap_block_pp0_stage0_11001)))) begin
        rx_shift2exhFifo_read = 1'b1;
    end else begin
        rx_shift2exhFifo_read = 1'b0;
    end
end

always @ (*) begin
    case (ap_CS_fsm)
        ap_ST_fsm_pp0_stage0 : begin
            ap_NS_fsm = ap_ST_fsm_pp0_stage0;
        end
        default : begin
            ap_NS_fsm = 'bx;
        end
    endcase
end

assign ackHeader_ready_load_load_fu_415_p1 = ackHeader_ready;

assign add_ln67_1_fu_360_p2 = (rdmaHeader_idx + 16'd1);

assign add_ln67_fu_431_p2 = (ackHeader_idx + 16'd1);

assign add_ln73_fu_385_p2 = ($signed(opCode_V) + $signed(5'd26));

assign ap_CS_fsm_pp0_stage0 = ap_CS_fsm[32'd0];

assign ap_block_pp0_stage0 = ~(1'b1 == 1'b1);

always @ (*) begin
    ap_block_pp0_stage0_01001 = ((ap_done_reg == 1'b1) | ((ap_start == 1'b1) & ((ap_done_reg == 1'b1) | ((ap_predicate_op104_read_state1 == 1'b1) & (rx_ibh2exh_MetaFifo_empty_n == 1'b0)) | ((ap_predicate_op93_read_state1 == 1'b1) & (rx_shift2exhFifo_empty_n == 1'b0)) | ((ap_predicate_op63_read_state1 == 1'b1) & (rx_shift2exhFifo_empty_n == 1'b0)) | ((ap_predicate_op30_read_state1 == 1'b1) & (rx_shift2exhFifo_empty_n == 1'b0)))) | ((ap_enable_reg_pp0_iter1 == 1'b1) & (((rx_exhMetaFifo_full_n == 1'b0) & (ap_predicate_op158_write_state2 == 1'b1)) | ((rx_exhMetaFifo_full_n == 1'b0) & (ap_predicate_op152_write_state2 == 1'b1)) | ((rx_exhMetaFifo_full_n == 1'b0) & (ap_predicate_op138_write_state2 == 1'b1)) | ((rx_exhMetaFifo_full_n == 1'b0) & (ap_predicate_op126_write_state2 == 1'b1)) | ((ap_predicate_op159_write_state2 == 1'b1) & (rx_exh2drop_MetaFifo_full_n == 1'b0)) | ((ap_predicate_op157_write_state2 == 1'b1) & (rx_exh2dropFifo_full_n == 1'b0)) | ((ap_predicate_op155_write_state2 == 1'b1) & (rx_exh2drop_MetaFifo_full_n == 1'b0)) | ((ap_predicate_op146_write_state2 == 1'b1) & (rx_exh2dropFifo_full_n == 1'b0)) | ((ap_predicate_op143_write_state2 == 1'b1) & (rx_exh2dropFifo_full_n == 1'b0)) | ((ap_predicate_op141_write_state2 == 1'b1) & (rx_exh2drop_MetaFifo_full_n == 1'b0)))));
end

always @ (*) begin
    ap_block_pp0_stage0_11001 = ((ap_done_reg == 1'b1) | ((ap_start == 1'b1) & ((ap_done_reg == 1'b1) | ((ap_predicate_op104_read_state1 == 1'b1) & (rx_ibh2exh_MetaFifo_empty_n == 1'b0)) | ((ap_predicate_op93_read_state1 == 1'b1) & (rx_shift2exhFifo_empty_n == 1'b0)) | ((ap_predicate_op63_read_state1 == 1'b1) & (rx_shift2exhFifo_empty_n == 1'b0)) | ((ap_predicate_op30_read_state1 == 1'b1) & (rx_shift2exhFifo_empty_n == 1'b0)))) | ((ap_enable_reg_pp0_iter1 == 1'b1) & (((rx_exhMetaFifo_full_n == 1'b0) & (ap_predicate_op158_write_state2 == 1'b1)) | ((rx_exhMetaFifo_full_n == 1'b0) & (ap_predicate_op152_write_state2 == 1'b1)) | ((rx_exhMetaFifo_full_n == 1'b0) & (ap_predicate_op138_write_state2 == 1'b1)) | ((rx_exhMetaFifo_full_n == 1'b0) & (ap_predicate_op126_write_state2 == 1'b1)) | ((ap_predicate_op159_write_state2 == 1'b1) & (rx_exh2drop_MetaFifo_full_n == 1'b0)) | ((ap_predicate_op157_write_state2 == 1'b1) & (rx_exh2dropFifo_full_n == 1'b0)) | ((ap_predicate_op155_write_state2 == 1'b1) & (rx_exh2drop_MetaFifo_full_n == 1'b0)) | ((ap_predicate_op146_write_state2 == 1'b1) & (rx_exh2dropFifo_full_n == 1'b0)) | ((ap_predicate_op143_write_state2 == 1'b1) & (rx_exh2dropFifo_full_n == 1'b0)) | ((ap_predicate_op141_write_state2 == 1'b1) & (rx_exh2drop_MetaFifo_full_n == 1'b0)))));
end

always @ (*) begin
    ap_block_pp0_stage0_subdone = ((ap_done_reg == 1'b1) | ((ap_start == 1'b1) & ((ap_done_reg == 1'b1) | ((ap_predicate_op104_read_state1 == 1'b1) & (rx_ibh2exh_MetaFifo_empty_n == 1'b0)) | ((ap_predicate_op93_read_state1 == 1'b1) & (rx_shift2exhFifo_empty_n == 1'b0)) | ((ap_predicate_op63_read_state1 == 1'b1) & (rx_shift2exhFifo_empty_n == 1'b0)) | ((ap_predicate_op30_read_state1 == 1'b1) & (rx_shift2exhFifo_empty_n == 1'b0)))) | ((ap_enable_reg_pp0_iter1 == 1'b1) & (((rx_exhMetaFifo_full_n == 1'b0) & (ap_predicate_op158_write_state2 == 1'b1)) | ((rx_exhMetaFifo_full_n == 1'b0) & (ap_predicate_op152_write_state2 == 1'b1)) | ((rx_exhMetaFifo_full_n == 1'b0) & (ap_predicate_op138_write_state2 == 1'b1)) | ((rx_exhMetaFifo_full_n == 1'b0) & (ap_predicate_op126_write_state2 == 1'b1)) | ((ap_predicate_op159_write_state2 == 1'b1) & (rx_exh2drop_MetaFifo_full_n == 1'b0)) | ((ap_predicate_op157_write_state2 == 1'b1) & (rx_exh2dropFifo_full_n == 1'b0)) | ((ap_predicate_op155_write_state2 == 1'b1) & (rx_exh2drop_MetaFifo_full_n == 1'b0)) | ((ap_predicate_op146_write_state2 == 1'b1) & (rx_exh2dropFifo_full_n == 1'b0)) | ((ap_predicate_op143_write_state2 == 1'b1) & (rx_exh2dropFifo_full_n == 1'b0)) | ((ap_predicate_op141_write_state2 == 1'b1) & (rx_exh2drop_MetaFifo_full_n == 1'b0)))));
end

always @ (*) begin
    ap_block_state1_pp0_stage0_iter0 = ((ap_done_reg == 1'b1) | ((ap_predicate_op104_read_state1 == 1'b1) & (rx_ibh2exh_MetaFifo_empty_n == 1'b0)) | ((ap_predicate_op93_read_state1 == 1'b1) & (rx_shift2exhFifo_empty_n == 1'b0)) | ((ap_predicate_op63_read_state1 == 1'b1) & (rx_shift2exhFifo_empty_n == 1'b0)) | ((ap_predicate_op30_read_state1 == 1'b1) & (rx_shift2exhFifo_empty_n == 1'b0)));
end

always @ (*) begin
    ap_block_state2_pp0_stage0_iter1 = (((rx_exhMetaFifo_full_n == 1'b0) & (ap_predicate_op158_write_state2 == 1'b1)) | ((rx_exhMetaFifo_full_n == 1'b0) & (ap_predicate_op152_write_state2 == 1'b1)) | ((rx_exhMetaFifo_full_n == 1'b0) & (ap_predicate_op138_write_state2 == 1'b1)) | ((rx_exhMetaFifo_full_n == 1'b0) & (ap_predicate_op126_write_state2 == 1'b1)) | ((ap_predicate_op159_write_state2 == 1'b1) & (rx_exh2drop_MetaFifo_full_n == 1'b0)) | ((ap_predicate_op157_write_state2 == 1'b1) & (rx_exh2dropFifo_full_n == 1'b0)) | ((ap_predicate_op155_write_state2 == 1'b1) & (rx_exh2drop_MetaFifo_full_n == 1'b0)) | ((ap_predicate_op146_write_state2 == 1'b1) & (rx_exh2dropFifo_full_n == 1'b0)) | ((ap_predicate_op143_write_state2 == 1'b1) & (rx_exh2dropFifo_full_n == 1'b0)) | ((ap_predicate_op141_write_state2 == 1'b1) & (rx_exh2drop_MetaFifo_full_n == 1'b0)));
end

always @ (*) begin
    ap_condition_267 = ((ap_start == 1'b1) & (1'b1 == ap_CS_fsm_pp0_stage0) & (1'b0 == ap_block_pp0_stage0_11001));
end

always @ (*) begin
    ap_condition_283 = ((grp_nbreadreq_fu_142_p3 == 1'd1) & (state_1 == 2'd2) & (rdmaHeader_ready_load_load_fu_344_p1 == 1'd0));
end

always @ (*) begin
    ap_condition_298 = ((1'd0 == ackHeader_ready_load_load_fu_415_p1) & (grp_nbreadreq_fu_142_p3 == 1'd1) & (state_1 == 2'd1));
end

always @ (*) begin
    ap_condition_305 = ((grp_nbreadreq_fu_142_p3 == 1'd1) & (state_1 == 2'd2) & (rdmaHeader_ready_load_load_fu_344_p1 == 1'd1));
end

always @ (*) begin
    ap_condition_327 = ((1'd1 == ackHeader_ready_load_load_fu_415_p1) & (grp_nbreadreq_fu_142_p3 == 1'd1) & (state_1 == 2'd1));
end

always @ (*) begin
    ap_condition_393 = ((ap_enable_reg_pp0_iter1 == 1'b1) & (1'b1 == ap_CS_fsm_pp0_stage0) & (1'b0 == ap_block_pp0_stage0_01001));
end

assign ap_enable_pp0 = (ap_idle_pp0 ^ 1'b1);

assign ap_enable_reg_pp0_iter0 = ap_start;

assign ap_phi_reg_pp0_iter0_ackHeader_idx_new_0_i_reg_258 = 'bx;

assign ap_phi_reg_pp0_iter0_ackHeader_idx_new_1_i_reg_290 = 'bx;

assign ap_phi_reg_pp0_iter0_ackHeader_ready_flag_0_i_reg_247 = 'bx;

assign ap_phi_reg_pp0_iter0_ackHeader_ready_flag_1_i_reg_268 = 'bx;

assign ap_phi_reg_pp0_iter0_ackHeader_ready_new_1_i_reg_279 = 'bx;

assign ap_phi_reg_pp0_iter0_p_Val2_10_reg_310 = 'bx;

assign ap_phi_reg_pp0_iter0_p_Val2_9_reg_301 = 'bx;

assign ap_phi_reg_pp0_iter0_rdmaHeader_idx_new_0_i_reg_204 = 'bx;

assign ap_phi_reg_pp0_iter0_rdmaHeader_idx_new_1_i_reg_236 = 'bx;

assign ap_phi_reg_pp0_iter0_rdmaHeader_ready_flag_0_i_reg_193 = 'bx;

assign ap_phi_reg_pp0_iter0_rdmaHeader_ready_flag_1_i_reg_214 = 'bx;

assign ap_phi_reg_pp0_iter0_rdmaHeader_ready_new_1_i_reg_225 = 'bx;

always @ (*) begin
    ap_predicate_op104_read_state1 = ((tmp_i_nbreadreq_fu_156_p3 == 1'd1) & (state_1 == 2'd0));
end

always @ (*) begin
    ap_predicate_op126_write_state2 = ((icmp_ln1019_reg_762 == 1'd0) & (metaWritten_1_load_reg_738 == 1'd0) & (tmp_18_i_reg_742 == 1'd1) & (state_1_load_reg_734 == 2'd2));
end

always @ (*) begin
    ap_predicate_op138_write_state2 = ((icmp_ln1019_reg_762 == 1'd1) & (metaWritten_1_load_reg_738 == 1'd0) & (tmp_18_i_reg_742 == 1'd1) & (state_1_load_reg_734 == 2'd2));
end

always @ (*) begin
    ap_predicate_op141_write_state2 = ((metaWritten_1_load_reg_738 == 1'd0) & (tmp_18_i_reg_742 == 1'd1) & (state_1_load_reg_734 == 2'd2));
end

always @ (*) begin
    ap_predicate_op143_write_state2 = ((tmp_18_i_reg_742 == 1'd1) & (state_1_load_reg_734 == 2'd2) & (icmp_ln73_reg_766 == 1'd1));
end

always @ (*) begin
    ap_predicate_op146_write_state2 = ((state_1_load_reg_734 == 2'd1) & (icmp_ln1023_reg_790 == 1'd0) & (tmp_i_176_reg_770 == 1'd1));
end

always @ (*) begin
    ap_predicate_op152_write_state2 = ((metaWritten_1_load_reg_738 == 1'd0) & (state_1_load_reg_734 == 2'd1) & (tmp_i_176_reg_770 == 1'd1));
end

always @ (*) begin
    ap_predicate_op155_write_state2 = ((metaWritten_1_load_reg_738 == 1'd0) & (state_1_load_reg_734 == 2'd1) & (tmp_i_176_reg_770 == 1'd1));
end

always @ (*) begin
    ap_predicate_op157_write_state2 = ((state_1_load_reg_734 == 2'd3) & (tmp_17_i_reg_794 == 1'd1));
end

always @ (*) begin
    ap_predicate_op158_write_state2 = ((metaWritten_1_load_reg_738 == 1'd0) & (state_1_load_reg_734 == 2'd3) & (tmp_17_i_reg_794 == 1'd1));
end

always @ (*) begin
    ap_predicate_op159_write_state2 = ((metaWritten_1_load_reg_738 == 1'd0) & (state_1_load_reg_734 == 2'd3) & (tmp_17_i_reg_794 == 1'd1));
end

always @ (*) begin
    ap_predicate_op30_read_state1 = ((grp_nbreadreq_fu_142_p3 == 1'd1) & (state_1 == 2'd2));
end

always @ (*) begin
    ap_predicate_op63_read_state1 = ((grp_nbreadreq_fu_142_p3 == 1'd1) & (state_1 == 2'd1));
end

always @ (*) begin
    ap_predicate_op93_read_state1 = ((grp_nbreadreq_fu_142_p3 == 1'd1) & (state_1 == 2'd3));
end

assign grp_fu_319_p3 = rx_shift2exhFifo_dout[1024'd576];

assign grp_nbreadreq_fu_142_p3 = rx_shift2exhFifo_empty_n;

assign icmp_ln1019_3_fu_702_p2 = ((tmp_23_i_fu_692_p4 == 2'd3) ? 1'b1 : 1'b0);

assign icmp_ln1019_fu_373_p2 = ((opCode_V == 5'd12) ? 1'b1 : 1'b0);

assign icmp_ln1023_fu_444_p2 = ((opCode_V == 5'd17) ? 1'b1 : 1'b0);

assign icmp_ln73_fu_391_p2 = ((add_ln73_fu_385_p2 < 5'd6) ? 1'b1 : 1'b0);

assign icmp_ln80_1_fu_504_p2 = ((rx_ibh2exh_MetaFifo_dout == 5'd15) ? 1'b1 : 1'b0);

assign icmp_ln80_2_fu_510_p2 = ((rx_ibh2exh_MetaFifo_dout == 5'd13) ? 1'b1 : 1'b0);

assign icmp_ln80_3_fu_516_p2 = ((rx_ibh2exh_MetaFifo_dout == 5'd17) ? 1'b1 : 1'b0);

assign icmp_ln80_4_fu_540_p2 = ((rx_ibh2exh_MetaFifo_dout == 5'd10) ? 1'b1 : 1'b0);

assign icmp_ln80_5_fu_546_p2 = ((rx_ibh2exh_MetaFifo_dout == 5'd6) ? 1'b1 : 1'b0);

assign icmp_ln80_6_fu_552_p2 = ((rx_ibh2exh_MetaFifo_dout == 5'd12) ? 1'b1 : 1'b0);

assign icmp_ln80_fu_498_p2 = ((rx_ibh2exh_MetaFifo_dout == 5'd16) ? 1'b1 : 1'b0);

assign metaWritten_1_load_load_fu_340_p1 = metaWritten_1;

assign or_ln80_1_fu_528_p2 = (icmp_ln80_3_fu_516_p2 | icmp_ln80_2_fu_510_p2);

assign or_ln80_2_fu_534_p2 = (or_ln80_fu_522_p2 | or_ln80_1_fu_528_p2);

assign or_ln80_3_fu_558_p2 = (icmp_ln80_6_fu_552_p2 | icmp_ln80_5_fu_546_p2);

assign or_ln80_4_fu_564_p2 = (or_ln80_3_fu_558_p2 | icmp_ln80_4_fu_540_p2);

assign or_ln80_5_fu_578_p2 = (or_ln80_4_fu_564_p2 | or_ln80_2_fu_534_p2);

assign or_ln80_fu_522_p2 = (icmp_ln80_fu_498_p2 | icmp_ln80_1_fu_504_p2);

assign p_Result_s_fu_638_p5 = {{{{tmp_22_i_fu_628_p4}, {tmp_21_i_fu_618_p4}}, {tmp_20_i_fu_608_p4}}, {tmp_19_i_fu_598_p4}};

assign p_s_fu_683_p3 = {{ap_phi_reg_pp0_iter1_p_Val2_9_reg_301}, {17'd0}};

assign rdmaHeader_ready_load_load_fu_344_p1 = rdmaHeader_ready;

assign ret_V_fu_654_p2 = (zext_ln1495_fu_650_p1 + 33'd4095);

assign rx_exh2dropFifo_din = reg_327;

assign select_ln80_1_fu_584_p3 = ((or_ln80_5_fu_578_p2[0:0] == 1'b1) ? select_ln80_fu_570_p3 : 2'd3);

assign select_ln80_fu_570_p3 = ((or_ln80_4_fu_564_p2[0:0] == 1'b1) ? 2'd2 : 2'd1);

assign shl_ln1_fu_670_p3 = {{tmp_fu_660_p4}, {1'd0}};

assign shl_ln2_fu_721_p3 = {{ap_phi_reg_pp0_iter1_p_Val2_10_reg_310}, {17'd0}};

assign tmp_12_fu_427_p1 = rx_shift2exhFifo_dout[31:0];

assign tmp_13_fu_356_p1 = rx_shift2exhFifo_dout[127:0];

assign tmp_19_i_fu_598_p4 = {{ap_phi_reg_pp0_iter1_p_Val2_9_reg_301[127:120]}};

assign tmp_20_i_fu_608_p4 = {{ap_phi_reg_pp0_iter1_p_Val2_9_reg_301[119:112]}};

assign tmp_21_i_fu_618_p4 = {{ap_phi_reg_pp0_iter1_p_Val2_9_reg_301[111:104]}};

assign tmp_22_i_fu_628_p4 = {{ap_phi_reg_pp0_iter1_p_Val2_9_reg_301[103:96]}};

assign tmp_23_i_fu_692_p4 = {{ap_phi_reg_pp0_iter1_p_Val2_10_reg_310[6:5]}};

assign tmp_fu_660_p4 = {{ret_V_fu_654_p2[32:12]}};

assign tmp_i_nbreadreq_fu_156_p3 = rx_ibh2exh_MetaFifo_empty_n;

assign zext_ln1495_fu_650_p1 = p_Result_s_fu_638_p5;

assign zext_ln211_cast_fu_708_p3 = {{1'd1}, {icmp_ln1019_3_fu_702_p2}};

assign zext_ln211_fu_716_p1 = zext_ln211_cast_fu_708_p3;

assign zext_ln212_fu_729_p1 = shl_ln2_fu_721_p3;

assign zext_ln240_fu_678_p1 = shl_ln1_fu_670_p3;

endmodule //rocev2_top_rx_process_exh_512_0_s